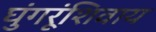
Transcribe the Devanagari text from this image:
घुंगरूंशिवाय